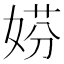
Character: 𡝱